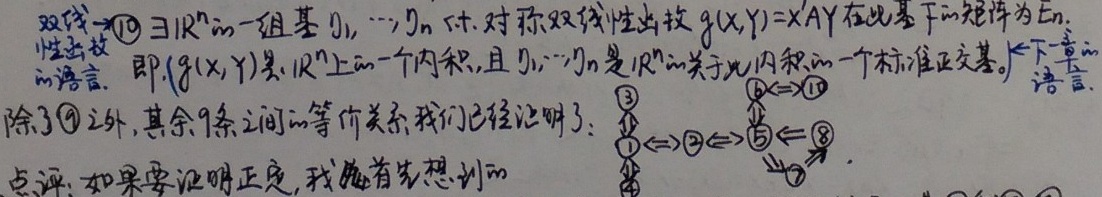
双线性函数\textcircled{10} \(\exists\mathbb{R}^{n}\)的一组基\(\mathcal{J}_{1},\cdots,\mathcal{J}_{n}\) s.t. 对称双线性函数\(g(X,Y)=X^{\prime}AY\)在此基下的矩阵为\(E_{n}\)。即，\(g(X,Y)\)是\(\mathbb{R}^{n}\)上的一个内积，且\(\mathcal{J}_{1},\cdots,\mathcal{J}_{n}\)是\(\mathbb{R}^{n}\)的关于此内积的一个标准正交基。(下一章的语言)。

除了\textcircled{10}之外，其余9条之间的等价关系我们已经证明了：
\[
\begin{matrix}
\textcircled{1}\Leftrightarrow\textcircled{2}\Leftrightarrow\textcircled{5}\Leftarrow\textcircled{8}\\
\textcircled{3}\Uparrow\ \ \ \ \ \ \ \ \ \ \ \ \ \ \ \ \Downarrow\textcircled{7}\\
\textcircled{4}\ \ \ \ \ \ \ \ \ \ \ \ \ \ \ \ \ \ \ \ \ \ \ \ \
\end{matrix}
\]
点评：如果要证明正定，我们首先想到的